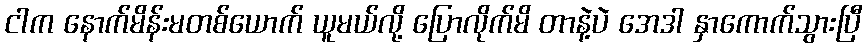
ငါက နောက်မိန်းမတစ်ယောက် ယူမယ်လို့ ပြောလိုက်မိ တာနဲ့ပဲ အေဒါ နှာကောက်သွားပြီ